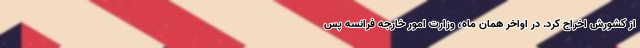
از کشورش اخراج کرد. در اواخر همان ماه، وزارت امور خارجه فرانسه پس